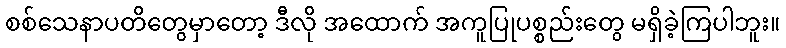
စစ်သေနာပတိတွေမှာတော့ ဒီလို အထောက် အကူပြုပစ္စည်းတွေ မရှိခဲ့ကြပါဘူး။